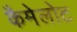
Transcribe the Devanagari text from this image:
कैमेलोट